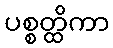
ပစ္စတ္ထိကာ